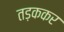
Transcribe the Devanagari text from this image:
तड़ककर